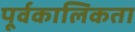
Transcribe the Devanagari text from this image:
पूर्वकालिकता